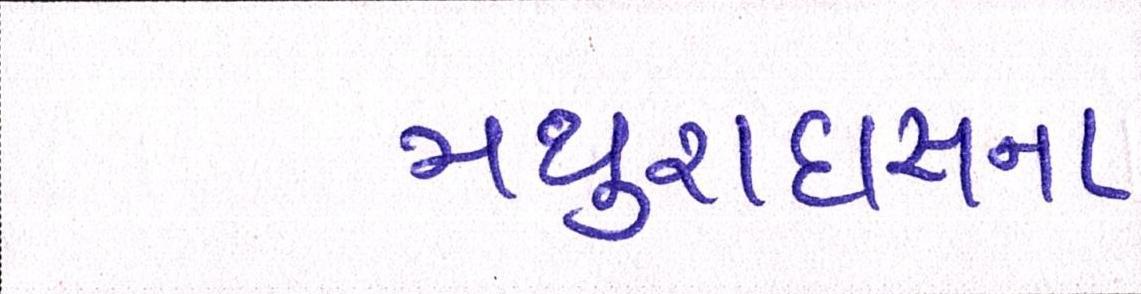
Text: મથુરાદાસના